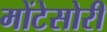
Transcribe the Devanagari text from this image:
मोंटेसोरी